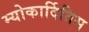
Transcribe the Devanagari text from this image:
म्योकार्दितिस